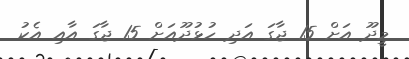
މީދޫ އަށް 15 ޖާގަ އަދި ހުޅުދޫއަށް 15 ޖާގަ އާއި އެކު